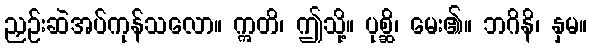
ညှဉ်းဆဲအပ်ကုန်သလော။ ဣတိ၊ ဤသို့။ ပုစ္ဆိ၊ မေး၏။ ဘဂိနိ၊ နှမ။